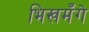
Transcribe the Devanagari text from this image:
भिखमँगे